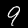
Label: 9